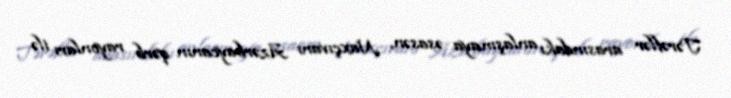
Tərəflər arasındakı anlaşmaya əsasən, Naxçıvanı Azərbaycanın qərb rayonları ilə